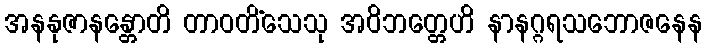
အနနုဇာနန္တောတိ တာဝတိံသေသု အဝိဘတ္တေဟိ နာနဂ္ဂရသဘောဇနေန